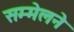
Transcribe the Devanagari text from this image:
सम्मेलने